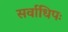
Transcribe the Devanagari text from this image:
सर्वाधिपः